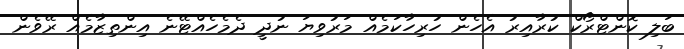
ބަލި ކޮންޓްރޯކް ކުރާއިރު އެހެން ހުރިހާކަމެއް މަރުވިޔަ ނުދީ ދެމެހެއްޓޭނެ އިންތިޒާމެއް ރޭވެން